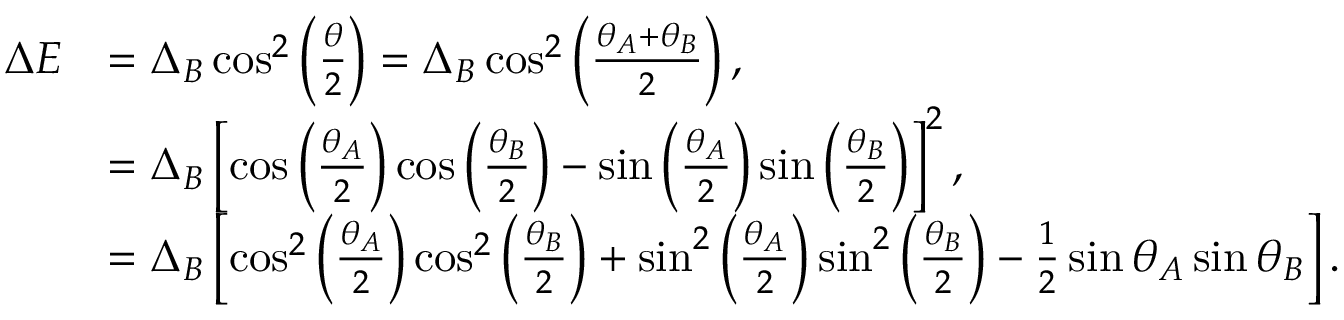
\begin{array} { r l } { \Delta E } & { = \Delta _ { B } \cos ^ { 2 } \left( \frac { \theta } { 2 } \right) = \Delta _ { B } \cos ^ { 2 } \left( \frac { \theta _ { A } + \theta _ { B } } { 2 } \right) , } \\ & { = \Delta _ { B } \left[ \cos \left( \frac { \theta _ { A } } { 2 } \right) \cos \left( \frac { \theta _ { B } } { 2 } \right) - \sin \left( \frac { \theta _ { A } } { 2 } \right) \sin \left( \frac { \theta _ { B } } { 2 } \right) \right] ^ { 2 } , } \\ & { = \Delta _ { B } \left[ \cos ^ { 2 } \left( \frac { \theta _ { A } } { 2 } \right) \cos ^ { 2 } \left( \frac { \theta _ { B } } { 2 } \right) + \sin ^ { 2 } \left( \frac { \theta _ { A } } { 2 } \right) \sin ^ { 2 } \left( \frac { \theta _ { B } } { 2 } \right) - \frac { 1 } { 2 } \sin \theta _ { A } \sin \theta _ { B } \right] . } \end{array}